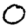
Digit: 0